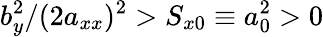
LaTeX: b_{y}^{2}/(2a_{xx})^{2}>S_{x0}\equiv a_{0}^{2}>0